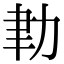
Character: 𦘓